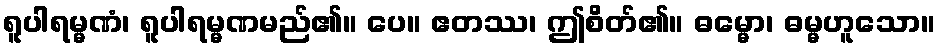
ရူပါရမ္မဏံ၊ ရူပါရမ္မဏမည်၏။ ပေ။ ဧတဿ၊ ဤစိတ်၏။ ဓမ္မော၊ ဓမ္မဟူသော။